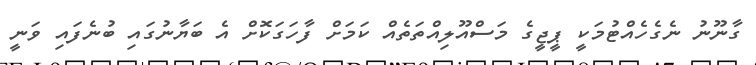
ގާނޫނު ނެގެހެއްޓުމަކީ ޕީޖީގެ މަސްއޫލިއްތަތެއް ކަމަށް ފާހަގަކޮށް އެ ބަޔާނުގައި ބުނެފައި ވަނީ